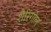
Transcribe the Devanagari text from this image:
शैरिंगोल